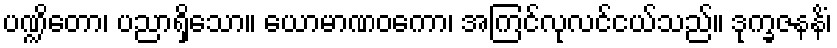
ပဏ္ဍိတော၊ ပညာရှိသော။ ယောမာဏဝကော၊ အကြင်လုလင်ငယ်သည်။ ဒုက္ခဇနနိံ၊